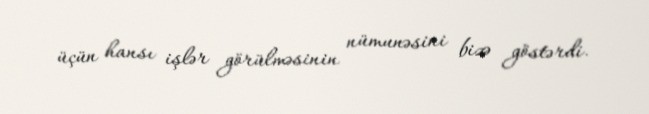
üçün hansı işlər görülməsinin nümunəsini bizə göstərdi.